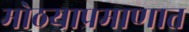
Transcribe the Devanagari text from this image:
मोठयाप्रमाणात